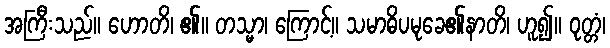
အကြီးသည်။ ဟောတိ၊ ၏။ တသ္မာ၊ ကြောင့်။ သမာဓိပမုခေ၏နာတိ၊ ဟူ၍။ ဝုတ္တံ၊